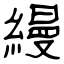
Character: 縵